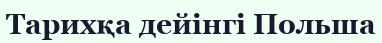
Тарихқа дейінгі Польша